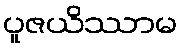
ပူဇယိဿာမ